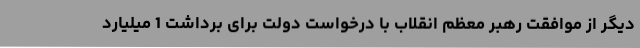
دیگر از موافقت رهبر معظم انقلاب با درخواست دولت برای برداشت 1 میلیارد